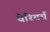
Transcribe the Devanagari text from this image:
वेरियर्स